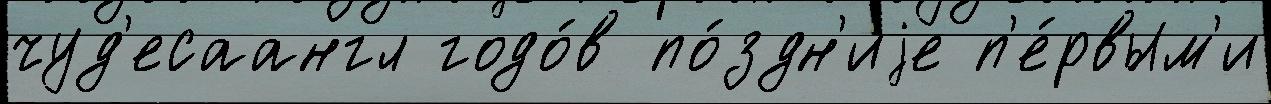
чуд'есаангл годо́в по́здн'иjе п'е́рвым'и